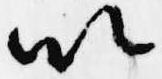
以